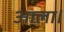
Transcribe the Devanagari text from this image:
आला।